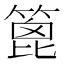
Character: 篦